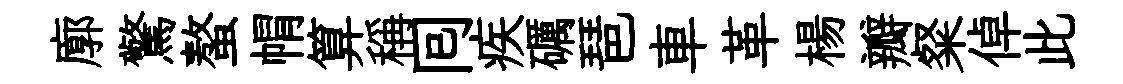
廓驚螯㡌算稱囘疾礪琶車革楊瓣粲倬此